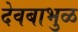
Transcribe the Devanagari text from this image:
देवबाभुळ